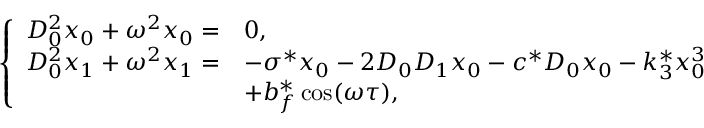
\left\{ \begin{array} { r l } { D _ { 0 } ^ { 2 } x _ { 0 } + \omega ^ { 2 } x _ { 0 } = } & { 0 , } \\ { D _ { 0 } ^ { 2 } x _ { 1 } + \omega ^ { 2 } x _ { 1 } = } & { - \sigma ^ { * } x _ { 0 } - 2 D _ { 0 } D _ { 1 } x _ { 0 } - c ^ { * } D _ { 0 } x _ { 0 } - k _ { 3 } ^ { * } x _ { 0 } ^ { 3 } } \\ & { + b _ { f } ^ { * } \cos ( \omega \tau ) , } \end{array} \right.